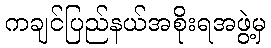
ကချင်ပြည်နယ်အစိုးရအဖွဲ့မှ